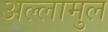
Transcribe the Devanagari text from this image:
अल्लामुल